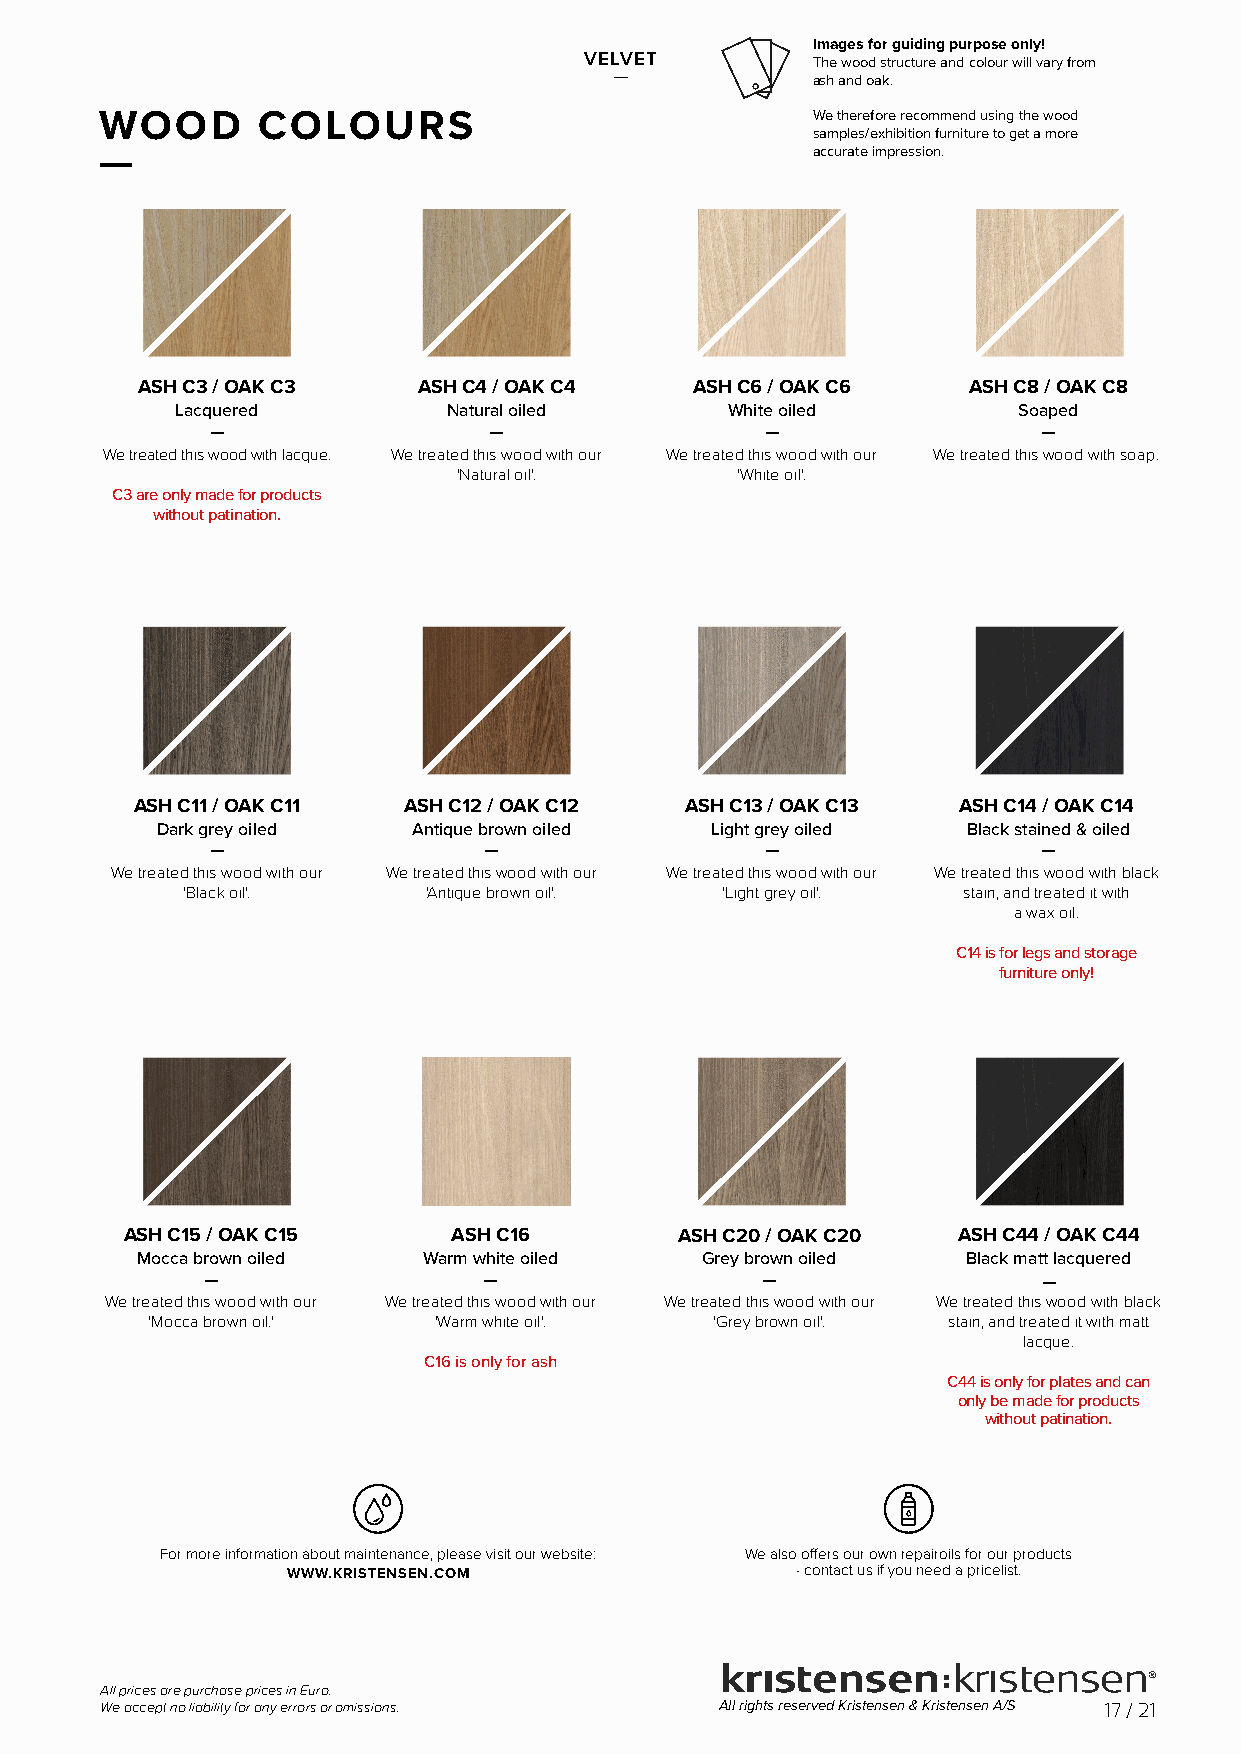
Images for guiding purpose only!
 VELVET         The wood structure and colour will vary from
 —            ash and oak.
 WOOD      COLOURS                              We therefore recommend using the wood
 samples/exhibition furniture to get a more
 accurate impression.
 —
 ASH C3 / OAK C3    ASH C4 / OAK C4   ASH C6 / OAK C6   ASH C8 / OAK C8
 Lacquered         Natural oiled     White oiled        Soaped
 —                 —                  —                 —
 We treated this wood with lacque. We treated this wood with our We treated this wood with our We treated this wood with soap.
 'Natural oil'.     'White oil'.
 C3 are only made for products
 without patination.
 ASH C11 / OAK C11 ASH C12 / OAK C12 ASH C13 / OAK C13 ASH C14 / OAK C14
 Dark grey oiled  Antique brown oiled Light grey oiled Black stained & oiled
 —                 —                  —                 —
 We treated this wood with our We treated this wood with our We treated this wood with our We treated this wood with black
 'Black oil'.    'Antique brown oil'. 'Light grey oil'. stain, and treated it with
 a wax oil.
 C14 is for legs and storage
 furniture only!
 ASH C15 / OAK C15     ASH C16        ASH C20 / OAK C20 ASH C44 / OAK C44
 Mocca brown oiled  Warm white oiled  Grey brown oiled  Black matt lacquered
 —                  —                 —                  —
 We treated this wood with our We treated this wood with our We treated this wood with our We treated this wood with black
 'Mocca brown oil.' 'Warm white oil'. 'Grey brown oil'. stain, and treated it with matt
 lacque.
 C16 is only for ash
 C44 is only for plates and can
 only be made for products
 without patination.
 For more information about maintenance, please visit our website: We also off ers our own repairoils for our products
 WWW.KRISTENSEN.COM                - contact us if you need a pricelist.
 All prices are purchase prices in Euro.
 We accept no liability for any errors or omissions. All rights reserved Kristensen & Kristensen A/S 17 / 21